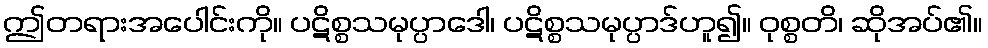
ဤတရားအပေါင်းကို။ ပဋိစ္စသမုပ္ပာဒေါ၊ ပဋိစ္စသမုပ္ပာဒ်ဟူ၍။ ဝုစ္စတိ၊ ဆိုအပ်၏။